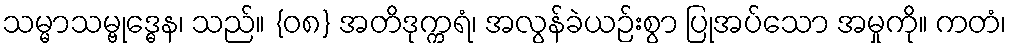
သမ္မာသမ္ဗုဒ္ဓေန၊ သည်။ {၀၈} အတိဒုက္ကရံ၊ အလွန်ခဲယဉ်းစွာ ပြုအပ်သော အမှုကို။ ကတံ၊